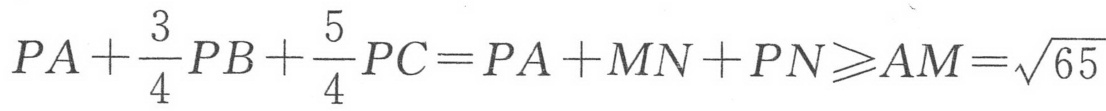
\(PA+\dfrac{3}{4}PB+\dfrac{5}{4}PC = PA + MN + PN\geqslant AM=\sqrt{65}\)